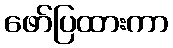
ဖော်ပြထားကာ